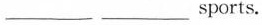
____ ____sports.